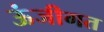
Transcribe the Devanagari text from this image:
ऊंजीगत